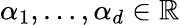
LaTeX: \alpha_{1},\ldots,\alpha_{d}\in\mathbb{R}